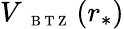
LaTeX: V_{\mathrm{~{~\scriptsize~B~T~Z~}~}}(r_{*})